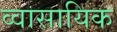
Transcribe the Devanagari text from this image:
व्वासायिक